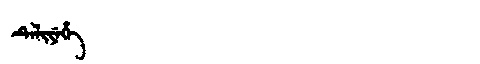
Manchu: ᡨᡝᠯᡳᠶᡝᡥᡝ
Romanization: TELIYEHE